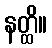
နတ္ထိ။